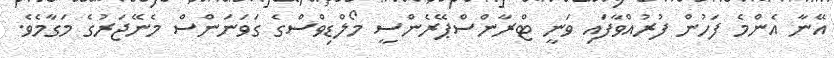
އޭނާ އެންމެ ފަހުން ފުރުއްވާާފައި ވަނީ ޓްރާންސްޕޭރެންސީ މޯލްޑިވްސްގެ ގަވަނަންސް މެނޭޖަރުގެ މަގާމެވެ.